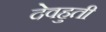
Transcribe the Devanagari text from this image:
देवहुती